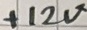
Text: +12V